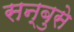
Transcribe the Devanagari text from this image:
सन्बुसे